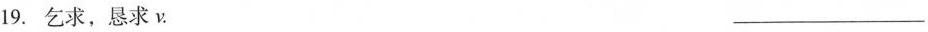
19.乞求，恳求ν. ___